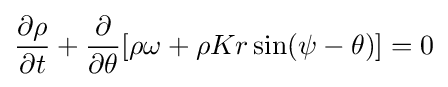
{\frac {\partial \rho }{\partial t}}+{\frac {\partial }{\partial \theta }}[\rho \omega +\rho Kr\sin(\psi -\theta )]=0